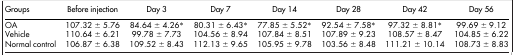
<table><thead><tr><td><b>Groups</b></td><td><b>Before injection</b></td><td><b>Day 3</b></td><td><b>Day 7</b></td><td><b>Day 14</b></td><td><b>Day 28</b></td><td><b>Day 42</b></td><td><b>Day 56</b></td></tr></thead><tbody><tr><td>OA</td><td>107.32 ± 5.76</td><td>84.64 ± 4.26*</td><td>80.31 ± 6.43*</td><td>77.85 ± 5.52*</td><td>92.54 ± 7.58*</td><td>97.32 ± 8.81*</td><td>99.69 ± 9.12</td></tr><tr><td>Vehicle</td><td>110.64 ± 6.21</td><td>99.78 ± 7.73</td><td>104.56 ± 8.94</td><td>107.84 ± 8.51</td><td>107.89 ± 9.23</td><td>108.57 ± 8.47</td><td>104.85 ± 6.22</td></tr><tr><td>Normal control</td><td>106.87 ± 6.38</td><td>109.52 ± 8.43</td><td>112.13 ± 9.65</td><td>105.95 ± 9.78</td><td>103.56 ± 8.48</td><td>111.21 ± 10.14</td><td>108.73 ± 8.83</td></tr></tbody></table>